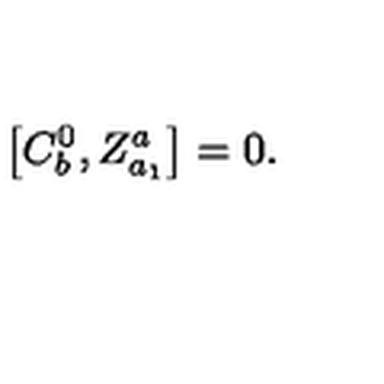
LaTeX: \left[ C _ { b } ^ { 0 } , Z _ { a _ { 1 } } ^ { a } \right] = 0 .